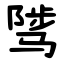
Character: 骘